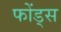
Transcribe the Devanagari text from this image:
फोंड्स